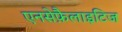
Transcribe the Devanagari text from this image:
एनसेफ़ैलाइटिज